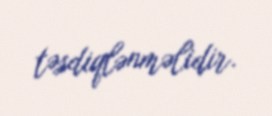
təsdiqlənməlidir.